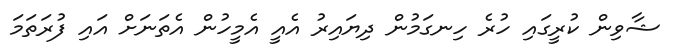
ޝާވިން ކުރީގައި ހުރެ ހިނގަމުން ދިޔައިރު އެއީ އެމީހުން އެތަނަށް އައި ފުރަތަމަ